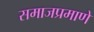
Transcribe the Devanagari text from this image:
समाजप्रमाणे